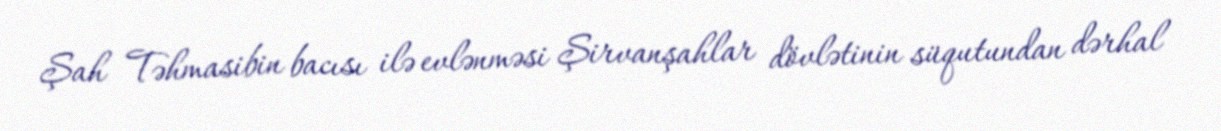
Şah Təhmasibin bacısı ilə evlənməsi Şirvanşahlar dövlətinin süqutundan dərhal